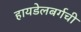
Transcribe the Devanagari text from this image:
हायडेलबर्गची